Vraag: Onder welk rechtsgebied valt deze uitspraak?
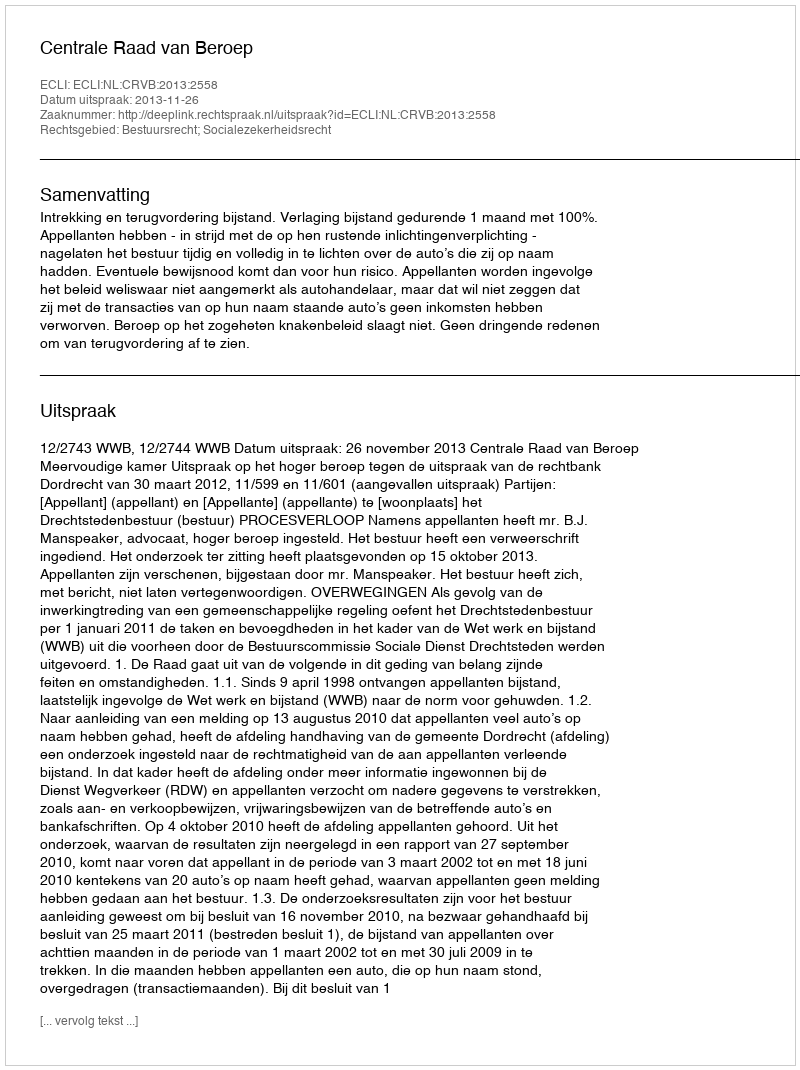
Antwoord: Bestuursrecht; Socialezekerheidsrecht